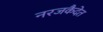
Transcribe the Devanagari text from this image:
नरजकैदेत